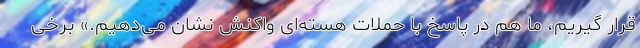
قرار گیریم، ما هم در پاسخ با حملات هسته‌ای واکنش نشان می‌دهیم.» برخی